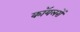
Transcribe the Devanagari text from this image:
कॉयलरों